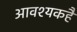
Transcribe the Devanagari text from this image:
आवश्यकहै